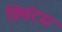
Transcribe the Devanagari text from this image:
क्विंटम